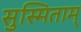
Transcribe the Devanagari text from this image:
सुस्मिताम्